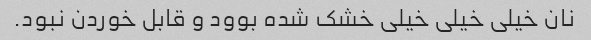
نان خیلی خیلی خیلی خشک شده بوود و قابل خوردن نبود.